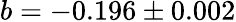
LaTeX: b=-0.196\pm 0.002